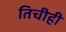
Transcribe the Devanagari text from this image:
तिचीही